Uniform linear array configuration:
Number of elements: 48
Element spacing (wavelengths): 0.5
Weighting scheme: hamming
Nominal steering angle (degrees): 0
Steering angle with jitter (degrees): -1.575
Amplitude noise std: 0.05
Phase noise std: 0.05

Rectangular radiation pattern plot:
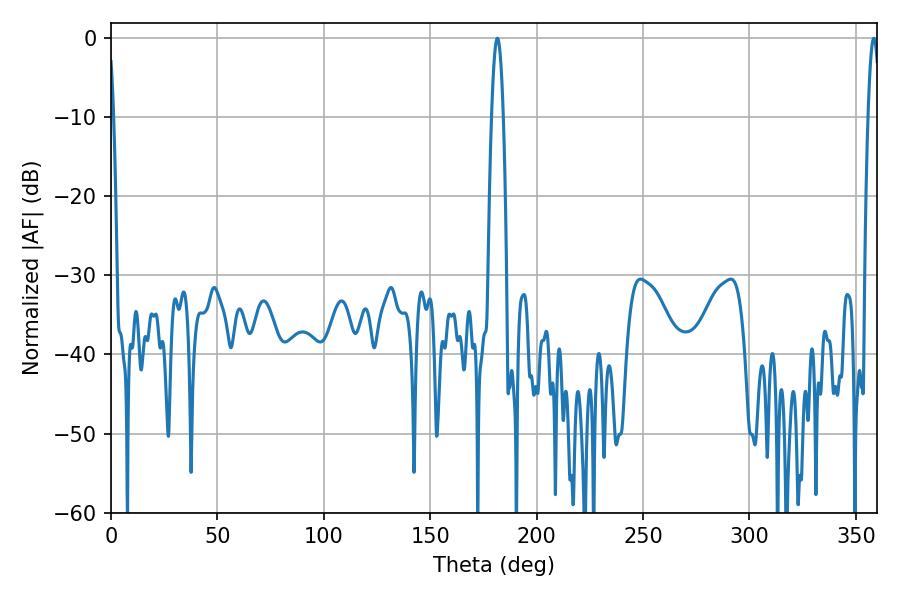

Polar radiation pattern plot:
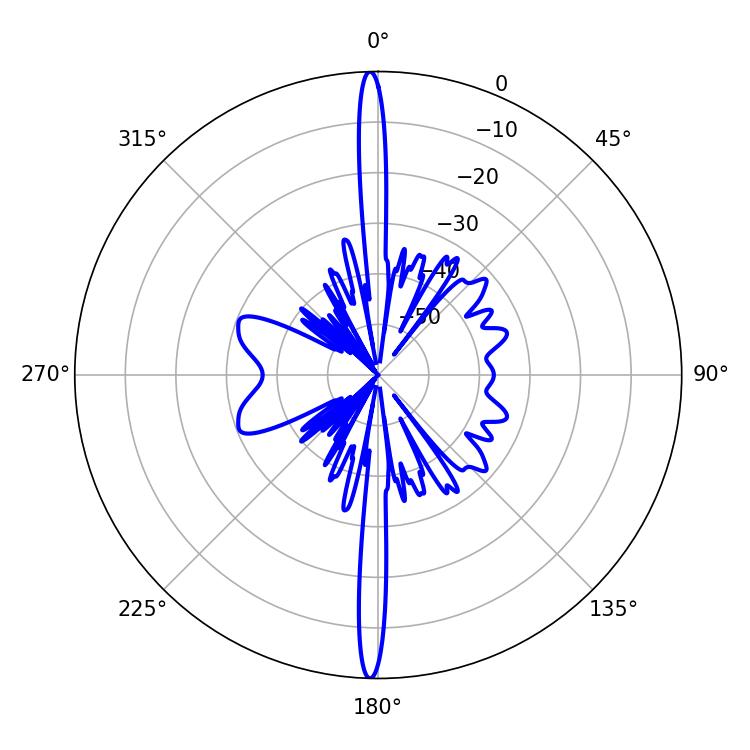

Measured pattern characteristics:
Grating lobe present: FALSE
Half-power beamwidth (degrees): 3.06
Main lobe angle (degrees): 181.62